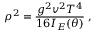
\rho ^ { 2 } = \frac { g ^ { 2 } v ^ { 2 } T ^ { 4 } } { 1 6 I _ { E } ( \theta ) } \; ,